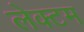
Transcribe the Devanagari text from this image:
लेक्टम